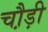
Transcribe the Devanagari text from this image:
चौ़ड़ी